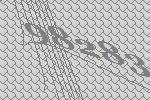
98283